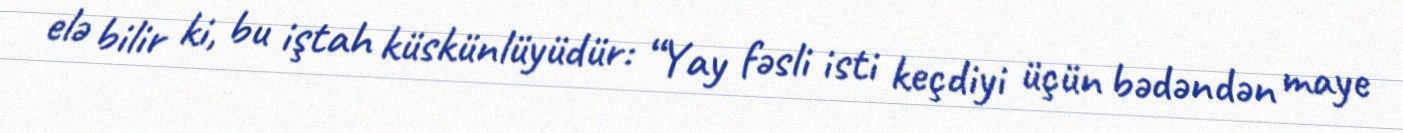
elə bilir ki, bu iştah küskünlüyüdür: “Yay fəsli isti keçdiyi üçün bədəndən maye